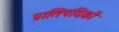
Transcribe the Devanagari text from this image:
प्रातिपदिकों